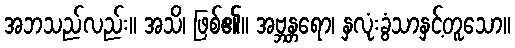
အဘသည်လည်း။ အသိ၊ ဖြစ်၏။ အဗ္ဘန္တရော၊ နှလုံးခွံသာနှင့်တူသော။